Annual report on the health of the army in India
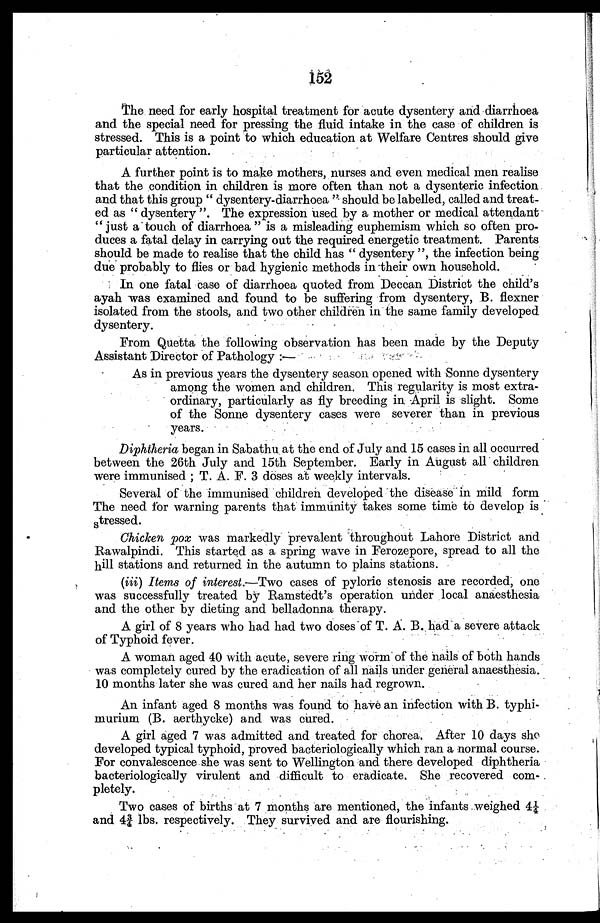
152
The need for early hospital treatment for acute dysentery and diarrhoea
and the special need for pressing the fluid intake in the case of children is
stressed. This is a point to which education at Welfare Centres should give
particular attention.
A further point is to make mothers, nurses and even medical men realise
that the condition in children is more often than not a dysenteric infection
and that this group "dysentery-diarrhoea" should be labelled, called and treat
-ed as "dysentery". The expression used by a mother or medical attendant
"just a touch of diarrhoea" is a misleading euphemism which so often pro
-duces a fatal delay in carrying out the required energetic treatment. Parents
should be made to realise that the child has "dysentery", the infection being
due probably to flies or bad hygienic methods in their own household.
In one fatal case of diarrhoea quoted from Deccan District the child's
ayah was examined and found to be suffering from dysentery, B. flexner
isolated from the stools, and two other children in the same family developed
dysentery.
From Quetta the following observation has been made by the Deputy
Assistant Director of Pathology:—
As in previous years the dysentery season opened with Sonne dysentery
among the women and children. This regularity is most extra
- o r d i n a r y , p a r t i c u l a r l y a s f l y b r e e d i n g i n A p r i l i s s l i g h t . S o m e
of the Sonne dysentery cases were severer than in previous
years.
Diphtheria began in Sabathu at the end of July and 15 cases in all occurred
between the 26th July and 15th September. Early in August all children
were immunised; T. A. F. 3 doses at weekly intervals.
Several of the immunised children developed the disease in mild form
The need for warning parents that immunity takes some time to develop is
stressed.
Chicken pox was markedly prevalent throughout Lahore District and
Rawalpindi. This started as a spring wave in Ferozepore, spread to all the
hill stations and returned in the autumn to plains stations.
(iii) Items of interest.—Two cases of pyloric stenosis are recorded, one
was successfully treated by Ramstedt's operation under local anaesthesia
and the other by dieting and belladonna therapy.
A girl of 8 years who had had two doses of T. A. B. had a severe attack
of Typhoid fever.
A woman aged 40 with acute, severe ring worm of the nails of both hands
was completely cured by the eradication of all nails under general anaesthesia.
10 months later she was cured and her nails had regrown.
An infant aged 8 months was found to have an infection with B. typhi
-murium (B. aerthycke) and was cured.
A girl aged 7 was admitted and treated for chorea. After 10 days she
developed typical typhoid, proved bacteriologically which ran a normal course.
For convalescence she was sent to Wellington and there developed diphtheria
bacteriologically virulent and difficult to eradicate. She recovered com
- p l e t e l y .
Two cases of births at 7 months are mentioned, the infants weighed 4¼
and 4¾ lbs. respectively. They survived and are flourishing.